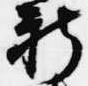
新